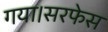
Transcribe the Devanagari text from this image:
गया।सरफेस